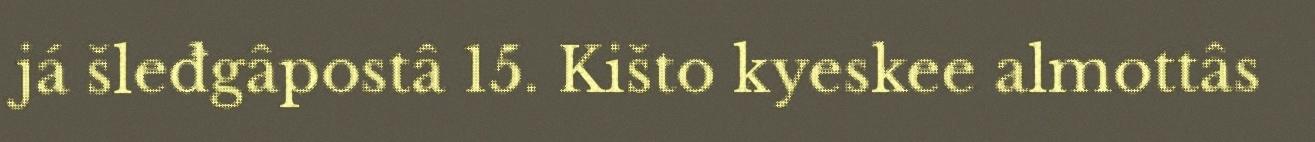
já šleđgâpostâ 15. Kišto kyeskee almottâs